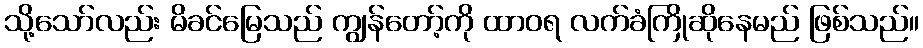
သို့သော်လည်း မိခင်မြေသည် ကျွန်တော့်ကို ထာဝရ လက်ခံကြိုဆိုနေမည် ဖြစ်သည်။